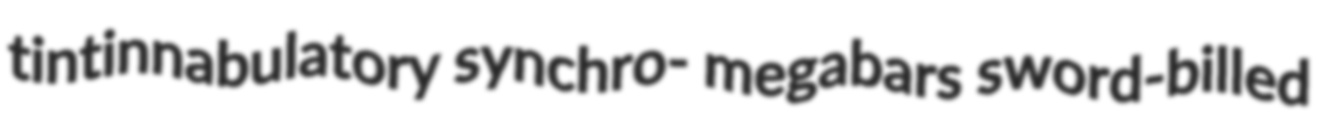
tintinnabulatory synchro- megabars sword-billed